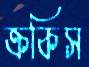
ক্রকিস